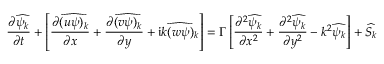
\frac { \partial \widehat { \psi _ { k } } } { \partial t } + \left[ \frac { \partial \widehat { ( u \psi ) _ { k } } } { \partial x } + \frac { \partial \widehat { ( v \psi ) _ { k } } } { \partial y } + \mathfrak { i } \widehat { k ( w \psi ) _ { k } } \right] = \Gamma \left[ \frac { \partial ^ { 2 } \widehat { \psi _ { k } } } { \partial x ^ { 2 } } + \frac { \partial ^ { 2 } \widehat { \psi _ { k } } } { \partial y ^ { 2 } } - k ^ { 2 } \widehat { \psi _ { k } } \right] + \widehat { S _ { k } }